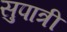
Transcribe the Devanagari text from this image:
सुपात्री